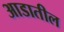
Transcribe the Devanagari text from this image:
आडातील